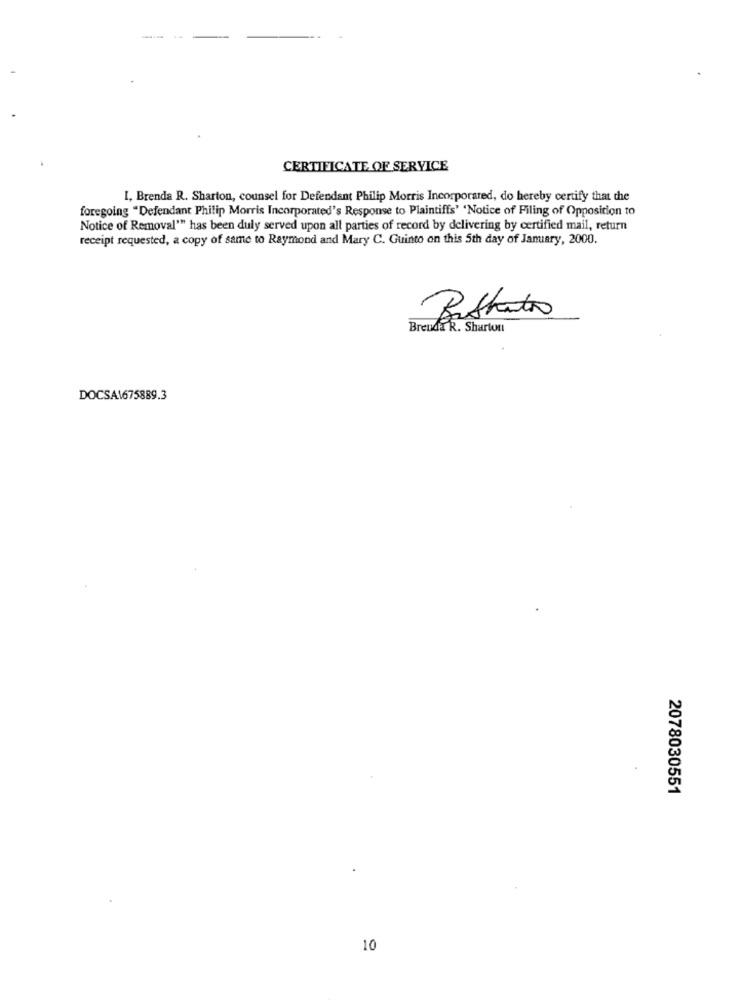
CERTIFICATE OF SERVICE
I, Brenda R. Sharton, counsel for Defendant Philip Morris Incorporared, do hereby certify that the
foregoing "Defendant Philip Morris Incorporated's Response to Plaintiffs' 'Notice of Filing of Opposition to
Notice of Removal"" has been duly served upon all parties of record by delivering by certified mail, return
receipt requested, a copy of same to Raymond and Mary C. Guinto on this 5th day of January, 2000.
BreadER . Shartuti
DOCSA\675889.3
2078030551
10